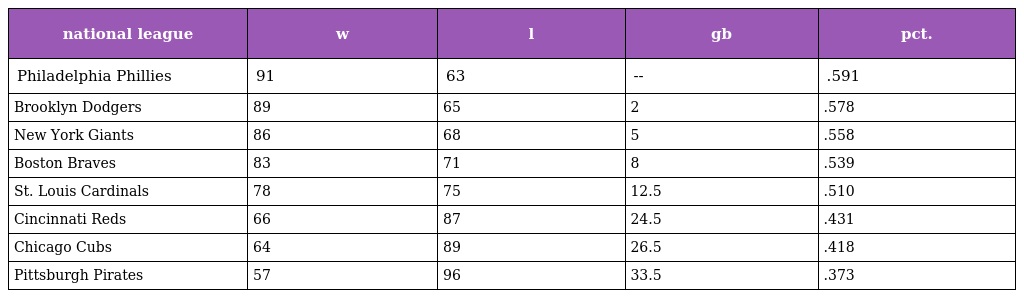
| national league | w | l | gb | pct. |
 | --- | --- | --- | --- | --- |
 | Philadelphia Phillies | 91 | 63 | -- | .591 |
 | Brooklyn Dodgers | 89 | 65 | 2 | .578 |
 | New York Giants | 86 | 68 | 5 | .558 |
 | Boston Braves | 83 | 71 | 8 | .539 |
 | St. Louis Cardinals | 78 | 75 | 12.5 | .510 |
 | Cincinnati Reds | 66 | 87 | 24.5 | .431 |
 | Chicago Cubs | 64 | 89 | 26.5 | .418 |
 | Pittsburgh Pirates | 57 | 96 | 33.5 | .373 |